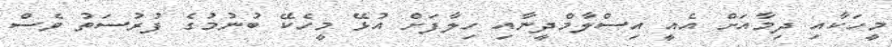
މީހަކާއި ދިމާއަށް އެއީ އިސްލާމްދީނާއި ހިލާފަށް އުޅޭ މީހެކޭ ބުނުމުގެ ފުރުސަތު ވެސް